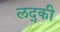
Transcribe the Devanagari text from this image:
लद्की